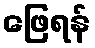
ဖြေရန်